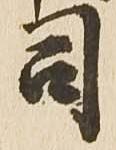
司